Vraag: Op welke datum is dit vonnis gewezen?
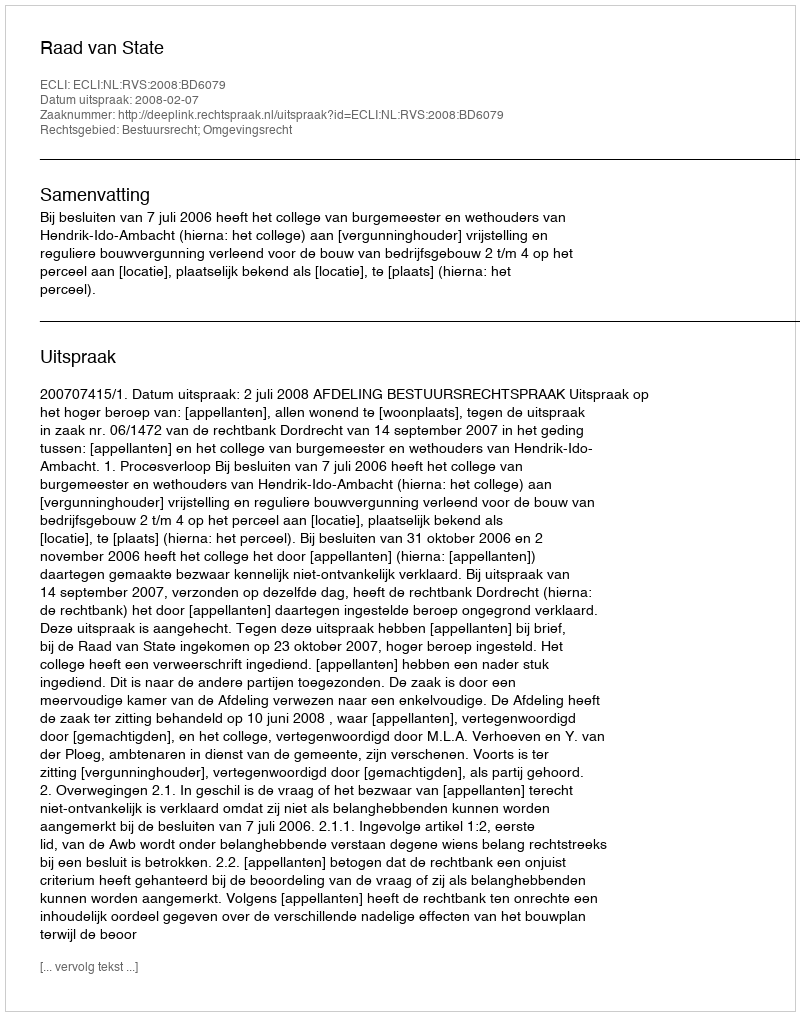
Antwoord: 2008-02-07